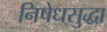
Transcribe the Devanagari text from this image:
निषेधसुद्धा